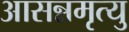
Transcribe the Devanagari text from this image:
आसन्नमृत्यु